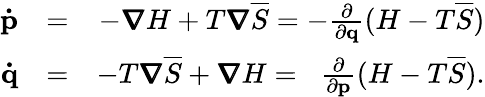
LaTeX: \begin{array}{rlr}{\mathbf{\dot{p}}}&{=}&{-\pmb{\nabla}H+T\pmb{\nabla}\overline{{S}}=-\frac{\partial}{\partial\mathbf{q}}(H-T\overline{{S}})}\\ {\mathbf{\dot{q}}}&{=}&{-T\pmb{\nabla}\overline{{S}}+\pmb{\nabla}H=\; \; \frac{\partial}{\partial\mathbf{p}}(H-T\overline{{S}}).}\end{array}